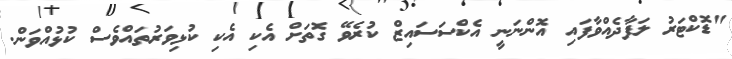
"ޑޮކްޓަރު ލަފާދެއްވާފައި އޮންނަނީ އެކްސަސައިޒް ކުރެވޭ ގޮތަށް އެކި އެކި ކުޅިވަރުތައްވެސް ކުޅުއްވަން.